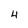
Character: 4